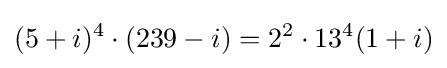
(5+i)^{4}\cdot (239-i)=2^{2}\cdot 13^{4}(1+i)